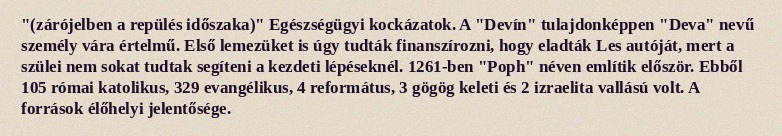
"(zárójelben a repülés időszaka)" Egészségügyi kockázatok. A "Devín" tulajdonképpen "Deva" nevű személy vára értelmű. Első lemezüket is úgy tudták finanszírozni, hogy eladták Les autóját, mert a szülei nem sokat tudtak segíteni a kezdeti lépéseknél. 1261-ben "Poph" néven említik először. Ebből 105 római katolikus, 329 evangélikus, 4 református, 3 gögög keleti és 2 izraelita vallású volt. A források élőhelyi jelentősége.